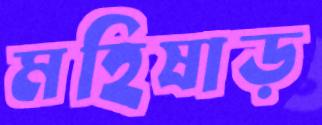
মহিষাড়